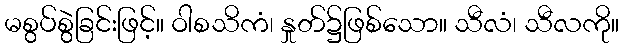
မစွပ်စွဲခြင်းဖြင့်။ ဝါစသိကံ၊ နှုတ်၌ဖြစ်သော။ သီလံ၊ သီလကို။